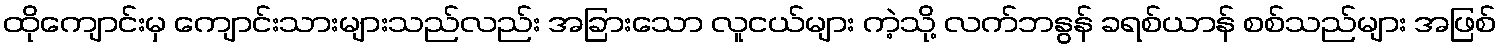
ထိုကျောင်းမှ ကျောင်းသားများသည်လည်း အခြားသော လူငယ်များ ကဲ့သို့ လက်ဘနွန် ခရစ်ယာန် စစ်သည်များ အဖြစ်